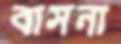
বাসনা